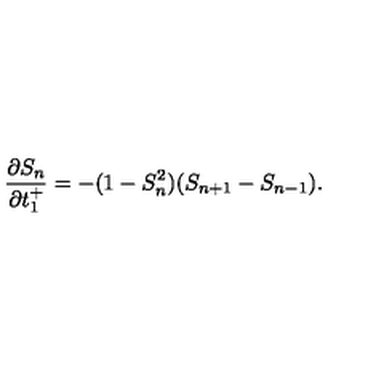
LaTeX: \frac { \partial S _ { n } } { \partial t _ { 1 } ^ { + } } = - ( 1 - S _ { n } ^ { 2 } ) ( S _ { n + 1 } - S _ { n - 1 } ) .